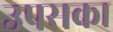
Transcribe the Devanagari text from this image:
उपसका